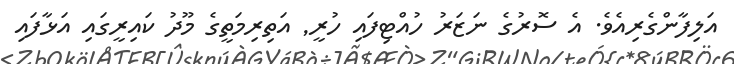
އަލިފާންގެރިއެވެ. އެ ސޮރުގެ ނަޒަރު ހުއްޓިފައި ހުރީ